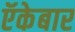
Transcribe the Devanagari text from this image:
ऍकेबार